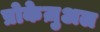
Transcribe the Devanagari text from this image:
प्रोकेज़ुअल